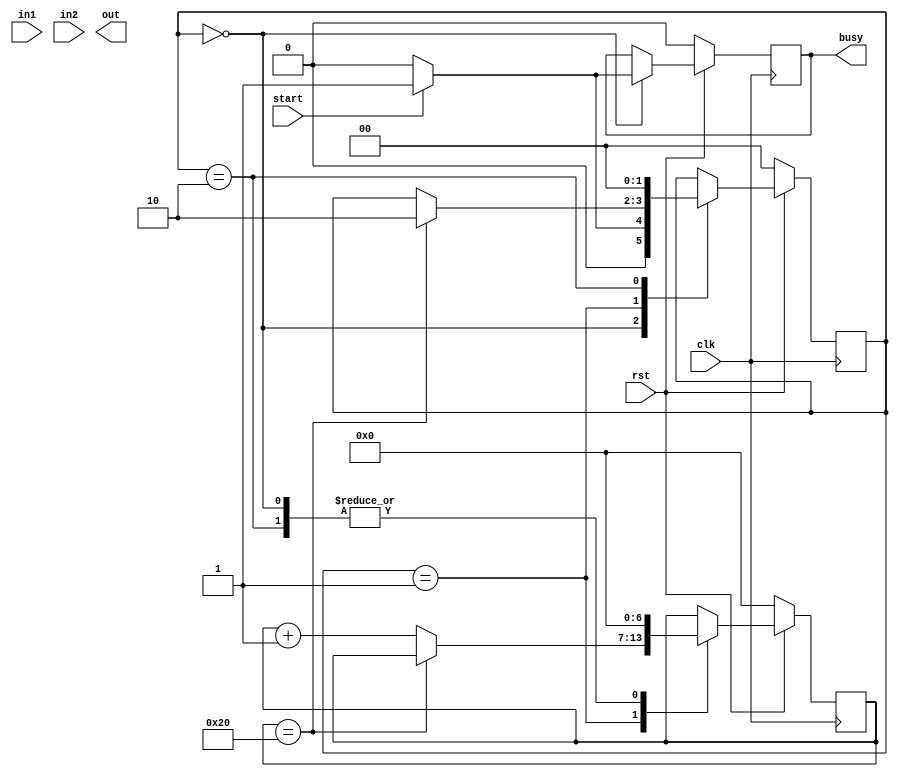
`timescale 1ns / 1ps
//////////////////////////////////////////////////////////////////////////////////
// Company: 
// Engineer: 
// 
// Design Name: 
// Module Name: mul
// Project Name: 
// Target Devices: 
// Tool Versions: 
// Description: 
// 
// Dependencies: 
// 
// Revision:
// Revision 0.01 - File Created
// Additional Comments:
// 
//////////////////////////////////////////////////////////////////////////////////


module mul(
            input         clk,rst,
            input  [31:0] in1,in2,
            output reg    busy,
            input         start,
            output [31:0] out

    );

localparam BOSTA   =2'b00 ;
localparam HESAPLA =2'b01 ;
localparam BITTI   =2'b10 ;
reg [6:0] counter;
reg [1:0] durum;
reg [64:0] butun_sayi;
reg [31:0] A,M,Q;
reg        C;

always @(posedge clk)begin
    
  if(!rst)begin
    durum=BOSTA;
              durum=BOSTA;
          M    =32'b0;
          Q    =32'b0;
          C    =32'b0;
          busy =0;
          butun_sayi=65'b0;
          counter=7'b0;
          A=32'b0;
  end else begin
    case(durum)
      BOSTA:begin
        if(start)begin
          durum=HESAPLA;
          M    =in1;
          Q    =in2;
          C    =32'b0;
          busy =1;
          A=32'b0;
          butun_sayi={C,A,in2};
          counter=7'b0;
        end else begin
          durum=BOSTA;
          M    =32'b0;
          Q    =32'b0;
          C    =32'b0;
          A=32'b0;
          busy =0;
          counter=7'b0;
          butun_sayi=65'b0;
        end
      end
      HESAPLA:begin
          if(counter==32)begin
            durum=BITTI;
          end 
          else begin
          if(butun_sayi[0]==1)begin
               butun_sayi[64:32]=butun_sayi[63:32]+M;
          end
          butun_sayi=butun_sayi>>>1;
          counter=counter+1;
          end
       end
      BITTI  :begin 
          durum=BOSTA;
          counter=7'b0;
          end
    endcase
  end

end

endmodule